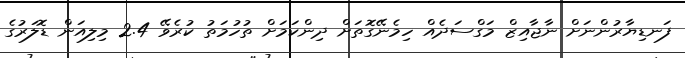
ފަނޑިޔާރުންނަށް ނާޖާއިޒް މަގްސަދެއް ހިމެނޭގޮތަށް ދިންކަމަށް ތުހުމަތު ކުރެވޭ 2.4 މިލިއަން ޑޮލަރުގެ